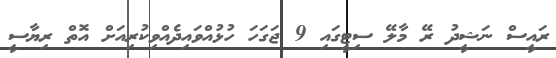
ރައީސް ނަޝީދު ރޭ މާލޭ ސިޓީގައި 9 ޖަގަހަ ހުޅުއްވައިދެއްވިކުރިއަށް އޮތް ރިޔާސީ